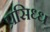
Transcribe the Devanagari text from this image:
प्रसिध्‍ध